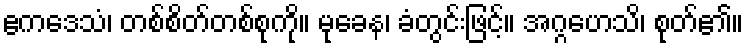
ဧကဒေသံ၊ တစ်စိတ်တစ်စုကို။ မုခေန၊ ခံတွင်းဖြင့်။ အဂ္ဂဟေသိ၊ စုတ်၏။